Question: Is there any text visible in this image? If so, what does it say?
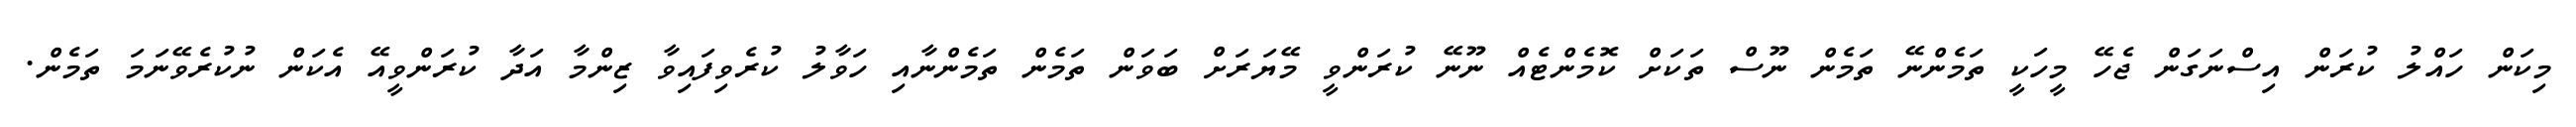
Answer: މިކަން ހައްލު ކުރަން އިސްނަގަން ޖެހޭ މީހަކީ ތަމެންނޭ ތަމެން ނޫސް ތަކަށް ކޮމެންޓެއް ނޫނޭ ކުރަންވީ މޭޔަރަށް ބަވަން ތަމެން ތަމެންނާއި ހަވާލު ކުރެވިފައިވާ ޒިންމާ އަދާ ކުރަންވީއޭ އެކަން ނުކުރެވޭނަމަ ތަމެން.